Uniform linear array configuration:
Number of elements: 32
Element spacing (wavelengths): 0.5
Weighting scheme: binomial
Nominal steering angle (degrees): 45
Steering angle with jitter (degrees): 45.851
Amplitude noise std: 0.05
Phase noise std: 0.05

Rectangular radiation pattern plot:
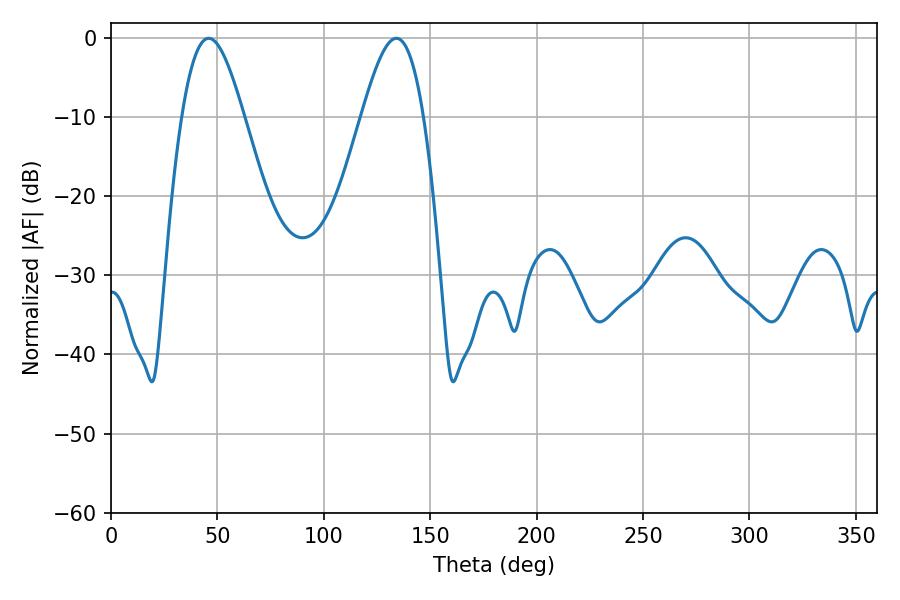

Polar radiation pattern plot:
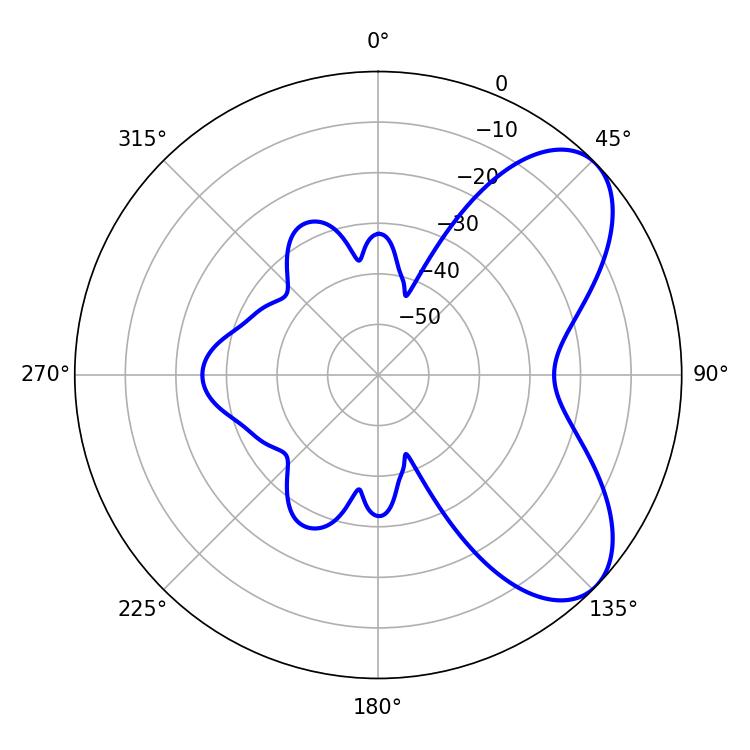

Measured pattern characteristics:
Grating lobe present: FALSE
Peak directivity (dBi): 6.613
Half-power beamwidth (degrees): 15.66
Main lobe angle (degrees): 45.9